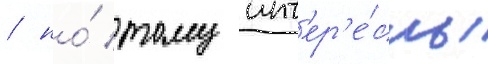
/ но́ тому инт'ер'е́сны